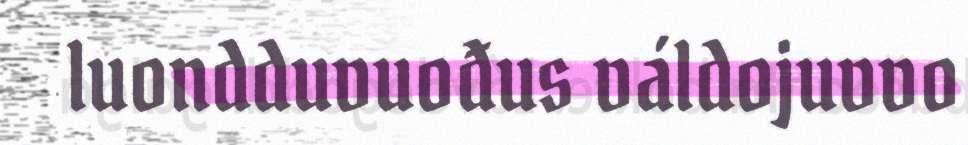
luondduvuođus váldojuvvo